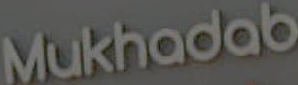
Mukhadab